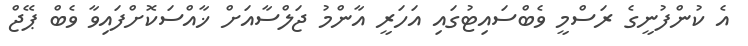
އެ ކުންފުނީގެ ރަސްމީ ވެބްސައިޓުގައި އަހަރީ އާންމު ޖަލްސާއަށް ޚާއްސަކޮށްފައިވާ ވެބް ޕޭޖް